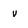
Character: v